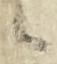
候